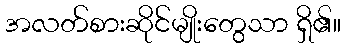
အလတ်စားဆိုင်မျိုးတွေသာ ရှိ၏။